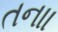
તનાા